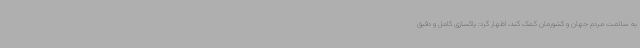
به سلامت مردم جهان و کشورمان کمک کند، اظهار کرد: پاکسازی کامل و دقیق